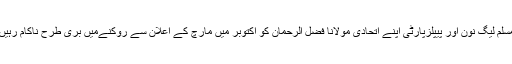
مسلم لیگ نون اور پیپلزپارٹی اپنے اتحادی مولانا فضل الرحمان کو اکتوبر میں مارچ کے اعلان سے روکنےمیں بری طرح ناکام رہیں۔